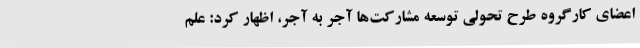
اعضای کارگروه طرح تحولی توسعه مشارکت‌ها آجر به آجر، اظهار کرد: علم